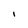
Character: I